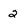
Character: 2